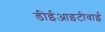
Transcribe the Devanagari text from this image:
डीईआइटीवाई